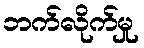
ဘက်လိုက်မှု